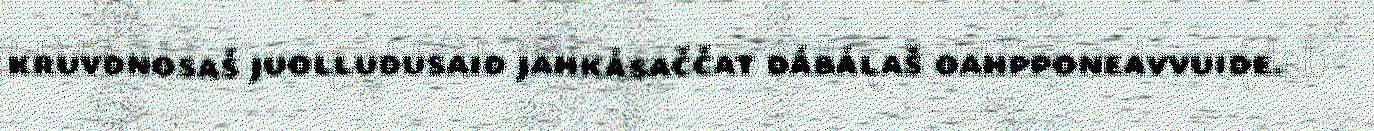
kruvdnosaš juolludusaid jahkásaččat dábálaš oahpponeavvuide.